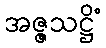
အဇ္ဇသဋ္ဌိံ